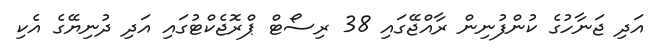
އަދި ޖަނާހުގެ ކުންފުނިން ރާއްޖޭގައި 38 ރިސޯޓް ޕްރޮޖެކްޓުގައި އަދި ދުނިޔޭގެ އެކި